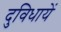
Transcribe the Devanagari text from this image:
दुविधायें